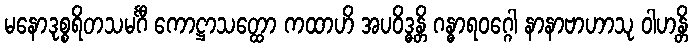
မနောဒုစ္စရိတသမင်္ဂီ ကောဋ္ဌာသတ္ထော ကထာဟိ အပဝိဒ္ဓန္တိ ဂန္ဓာရဝဂ္ဂေါ နာနာဗာဟာသု ဝါဟန္တိ